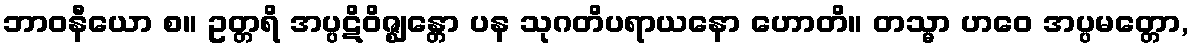
ဘာဝနီယော စ။ ဥတ္တရိ အပ္ပဋိဝိဇ္ဈန္တော ပန သုဂတိပရာယနော ဟောတိ။ တသ္မာ ဟဝေ အပ္ပမတ္တော,